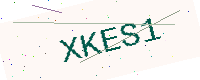
Text: XKES1